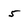
Character: 5